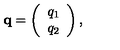
{ \bf q } = \left( \begin{array} { c } { q _ { 1 } } \\ { q _ { 2 } } \\ \end{array} \right) ,